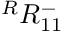
{ } ^ { R } { R } _ { 1 { 1 } } ^ { - }